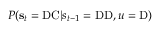
P ( \mathbf { s } _ { t } = \mathrm { D C } | s _ { t - 1 } = \mathrm { D D } , u = \mathrm { D } )